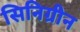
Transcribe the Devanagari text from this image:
सिनिग्रीन